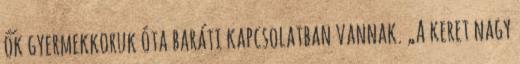
ők gyermekkoruk óta baráti kapcsolatban vannak. „A keret nagy